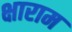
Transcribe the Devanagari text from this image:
क्षाराम